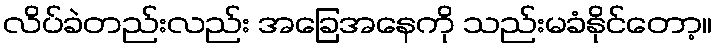
လိပ်ခဲတည်းလည်း အခြေအနေကို သည်းမခံနိုင်တော့။